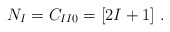
\begin{align*}N_I = C_{I I 0} = [2I+1] \ .\end{align*}